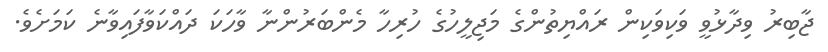
ޖާބިރު ވިދާޅުވީ ވަކިވަކިން ރައްޔިތުންގެ މަޖިލީހުގެ ހުރިހާ މެންބަރުންނާ ވާހަކަ ދައްކަވާފައިވާނެ ކަމަށެވެ.